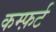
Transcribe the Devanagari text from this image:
कम्फ़र्ट